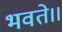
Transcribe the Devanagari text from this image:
भवते।।